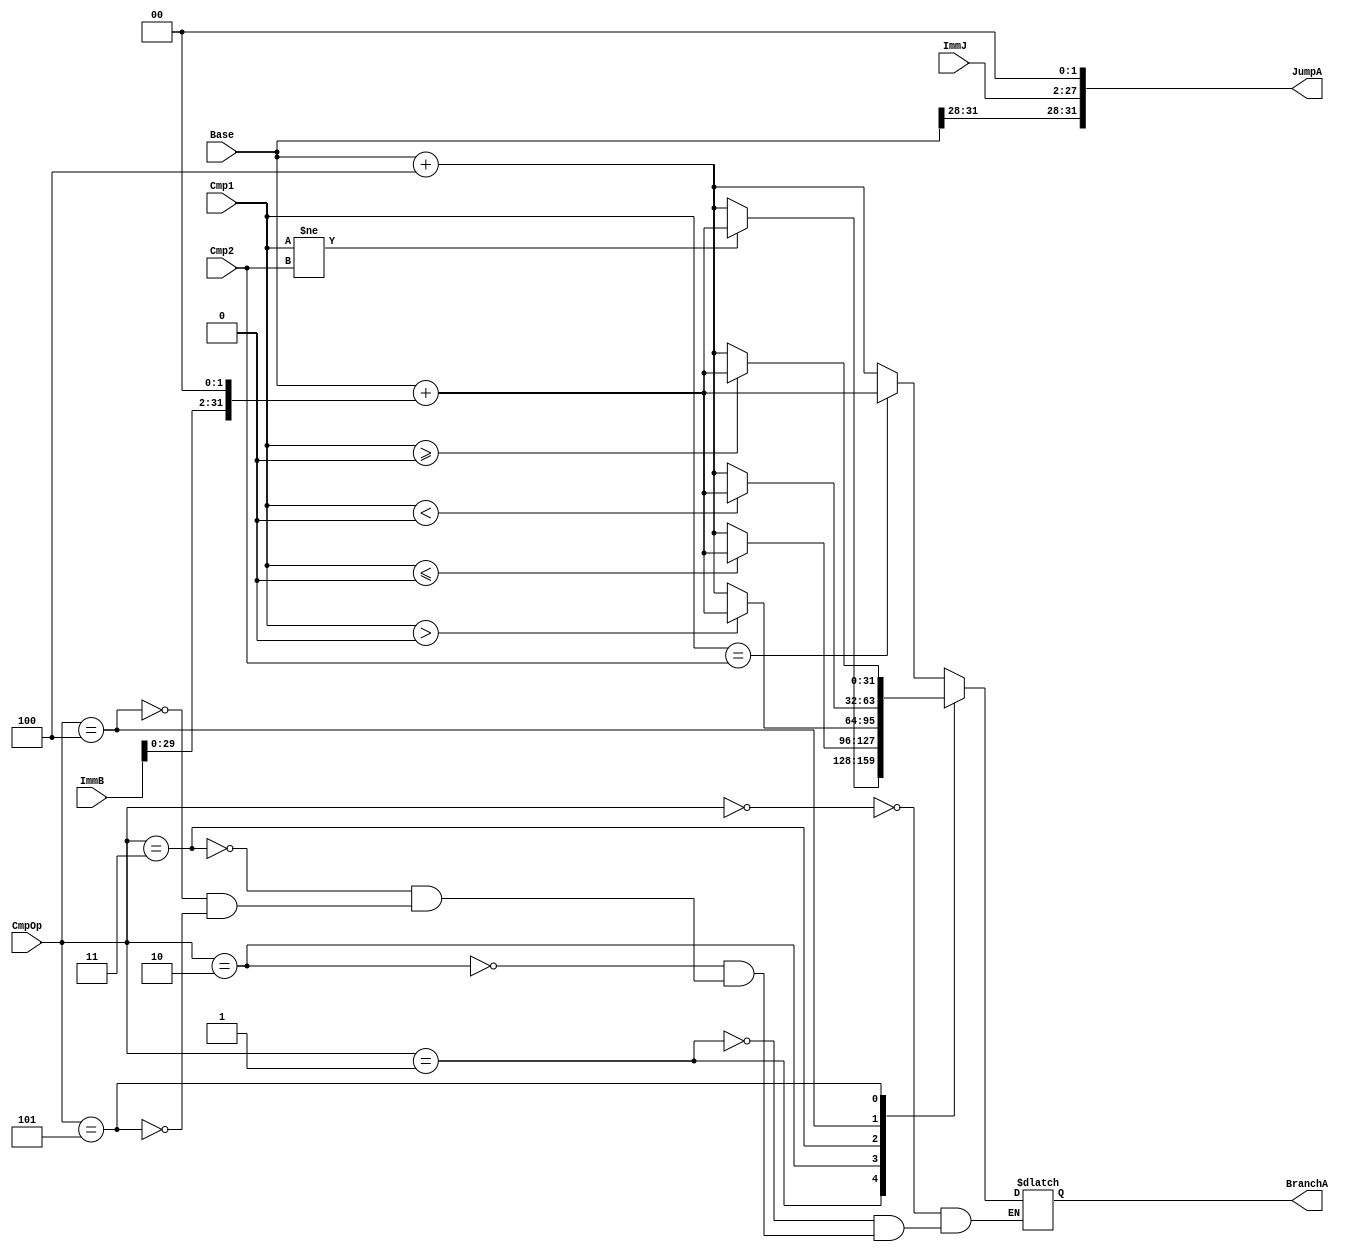
`timescale 1ns / 1ps
//////////////////////////////////////////////////////////////////////////////////
// Company: 
// Engineer: 
// 
// Design Name: 
// Module Name:    PCCAL 
// Project Name: 
// Target Devices: 
// Tool versions: 
// Description: 
//
// Dependencies: 
//
// Revision: 
// Revision 0.01 - File Created
// Additional Comments: 
//
//////////////////////////////////////////////////////////////////////////////////
module pccal(
	input [31:0] Base,
	input [31:0] ImmB,
	input [25:0] ImmJ,
	input [31:0] Cmp1,
	input [31:0] Cmp2,
	input [2:0] CmpOp,
	output [31:0] JumpA,
	output reg [31:0] BranchA
    );
	
	assign JumpA = {Base[31:28], ImmJ, 2'b00};
	
	always @(*) begin
		case (CmpOp)
			0: BranchA = ($signed(Cmp1) == $signed(Cmp2)) ? (Base + (ImmB << 2)) : (Base + 4);		//beq
			1: BranchA = ($signed(Cmp1) != $signed(Cmp2)) ? (Base + (ImmB << 2)) : (Base + 4);		//bne
			2: BranchA = ($signed(Cmp1) <= 0) ? (Base + (ImmB << 2)) : (Base + 4);					//blez
			3: BranchA = ($signed(Cmp1) > 0) ? (Base + (ImmB << 2)) : (Base + 4);					//bgtz
			4: BranchA = ($signed(Cmp1) < 0) ? (Base + (ImmB << 2)) : (Base + 4);					//bltz
			5: BranchA = ($signed(Cmp1) >= 0) ? (Base + (ImmB << 2)) : (Base + 4);					//bgez
		endcase
	end

endmodule